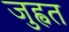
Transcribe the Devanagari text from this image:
जुह्वत